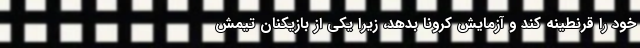
خود را قرنطینه کند و آزمایش کرونا بدهد، زیرا یکی از بازیکنان تیمش